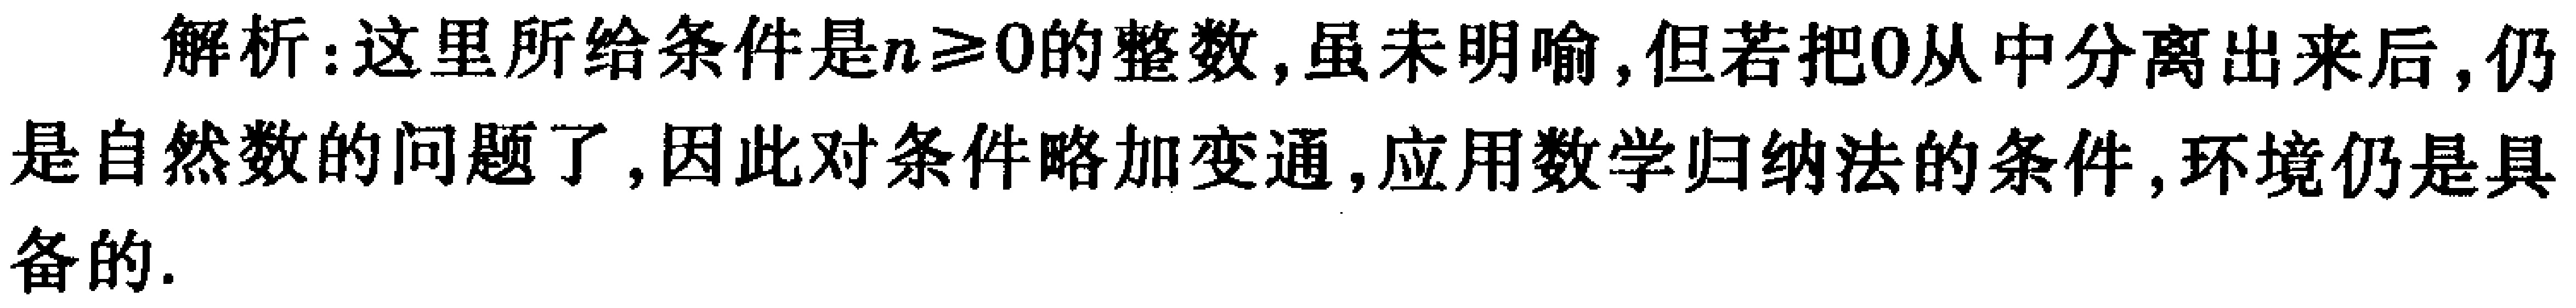
解析：这里所给条件是\(n\geq0\)的整数，虽未明喻，但若把\(0\)从中分离出来后，仍是自然数的问题了，因此对条件略加变通，应用数学归纳法的条件，环境仍是具备的.